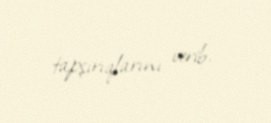
tapşırıqlarını verib.